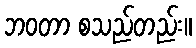
ဘဝတာ စသည်တည်း။